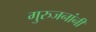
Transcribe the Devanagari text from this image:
गुरुजनांनी